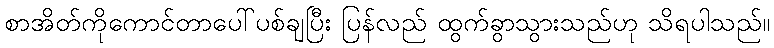
စာအိတ်ကိုကောင်တာပေါ်ပစ်ချပြီး ပြန်လည် ထွက်ခွာသွားသည်ဟု သိရပါသည်။